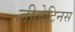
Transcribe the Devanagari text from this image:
जीलेटिनस